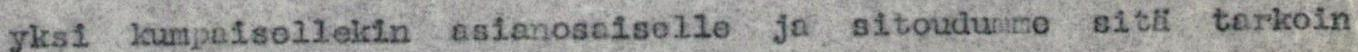
yksi kumpaisellekin asianosaiselle ja sitoudumme sitä tarkoin